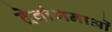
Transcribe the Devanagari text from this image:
देवांगनाओं